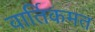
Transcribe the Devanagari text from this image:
वार्तिकमत